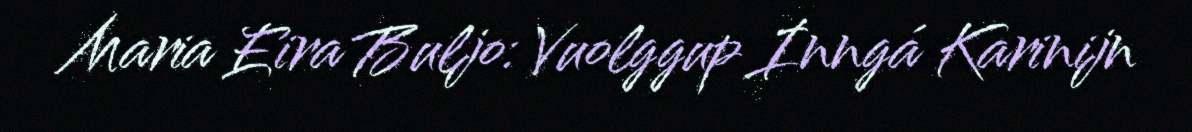
Maria Eira Buljo: Vuolggup Inngá Karinijn